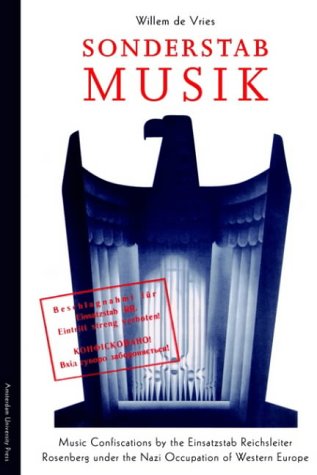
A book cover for Sonderstab Musik; Willem de Vries; History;